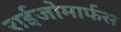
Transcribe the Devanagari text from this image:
राईजोमार्फस